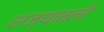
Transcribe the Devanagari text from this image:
राज्यातली